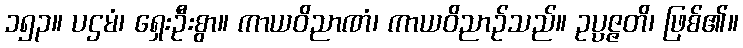
၁၅၃။ ပဌမံ၊ ရှေးဦးစွာ။ ကာယဝိညာဏံ၊ ကာယဝိညာဉ်သည်။ ဥပ္ပဇ္ဇတိ၊ ဖြစ်၏။